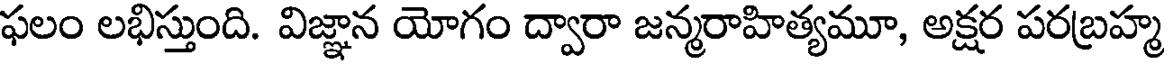
ఫలం లభిస్తుంది. విజ్ఞాన యోగం ద్వారా జన్మరాహిత్యమూ, అక్షర పరబ్రహ్మ